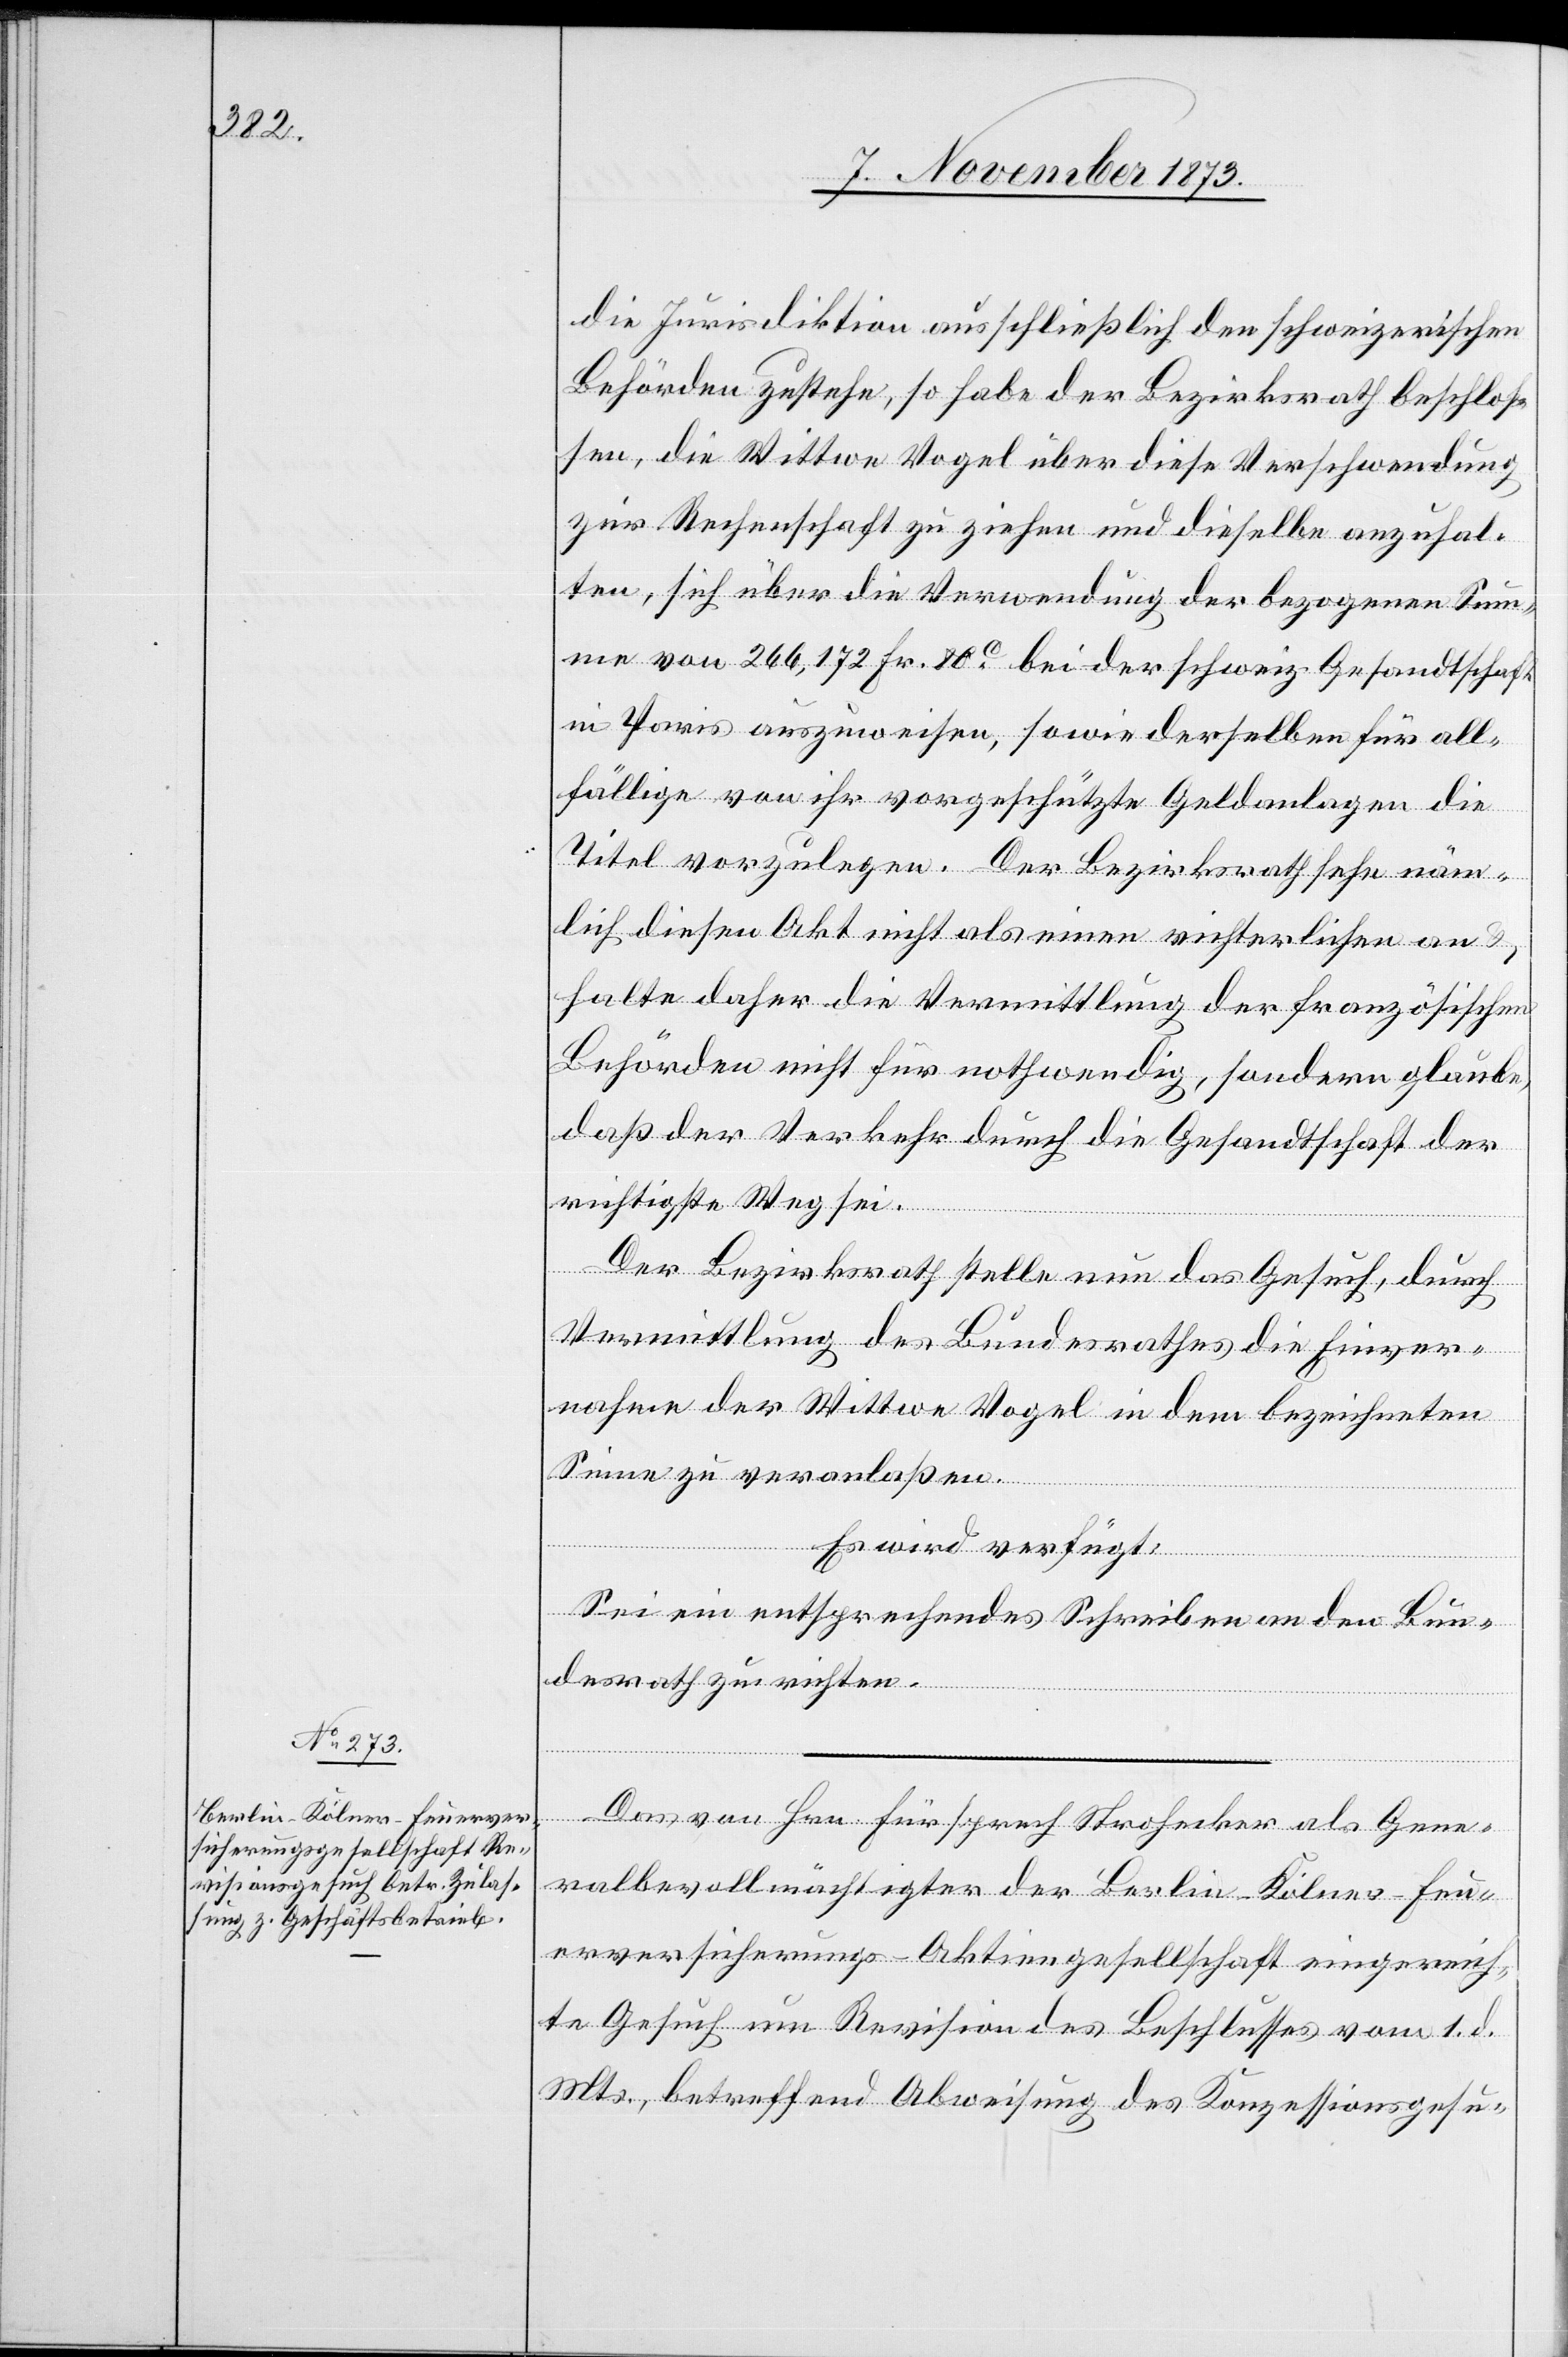
7. November 1873.]
die Jurisdiktion ausschließlich den schweizerischen
Behörden zustehe, so habe der Bezirksrath beschlos¬
sen, die Wittwe Vogel über diese Verschwendung
zur Rechenschaft zu ziehen und dieselbe anzuhal¬
ten, sich über die Verwendung der bezogenen Sum¬
me von 266,172 Fr. 80c bei der schweiz. Gesandtschaft
in Paris auszuweisen, sowie derselben für all¬
fällige von ihr vorgeschützte Geldanlagen die
Titel vorzulegen. Der Bezirksrath sehe näm¬
lich diesen Akt nicht als einen richterlichen an
halte daher die Vermittlung der französischen
Behörden nicht für nothwendig, sondern glaube,
daß der Verkehr durch die Gesandtschaft der
richtigste Weg sei.
Der Bezirksrath stelle nun das Gesuch, durch
Vermittlung des Bundesrathes die Einver¬
nahme der Wittwe Vogel in dem bezeichneten
Sinne zu veranlaßen.
Es wird verfügt:
Sei ein entsprechendes Schreiben an den Bun¬
desrath zu richten.
Generalbevollmächtigter der Berlin-Kölner-Feu¬
erversicherungs-Aktiengesellschaft eingereich¬
te Gesuch um Revision des Beschlusses vom 1. d.
Mts., betreffend Abweisung des Konzessionsgesu-